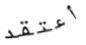
أعتقد